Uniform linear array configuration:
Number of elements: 16
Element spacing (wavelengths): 0.5
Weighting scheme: blackman
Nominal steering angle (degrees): -45
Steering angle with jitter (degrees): -45.295
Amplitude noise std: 0.05
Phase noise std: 0.05

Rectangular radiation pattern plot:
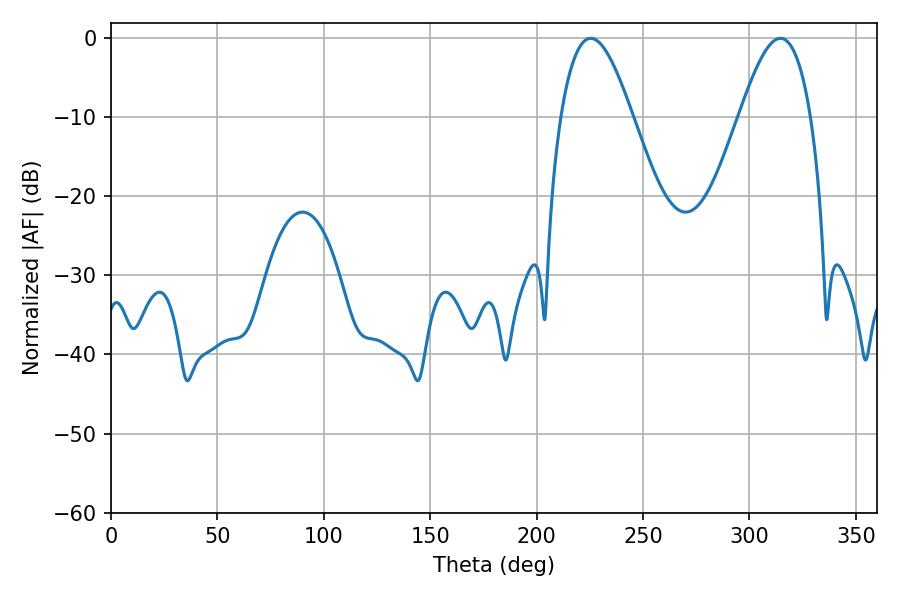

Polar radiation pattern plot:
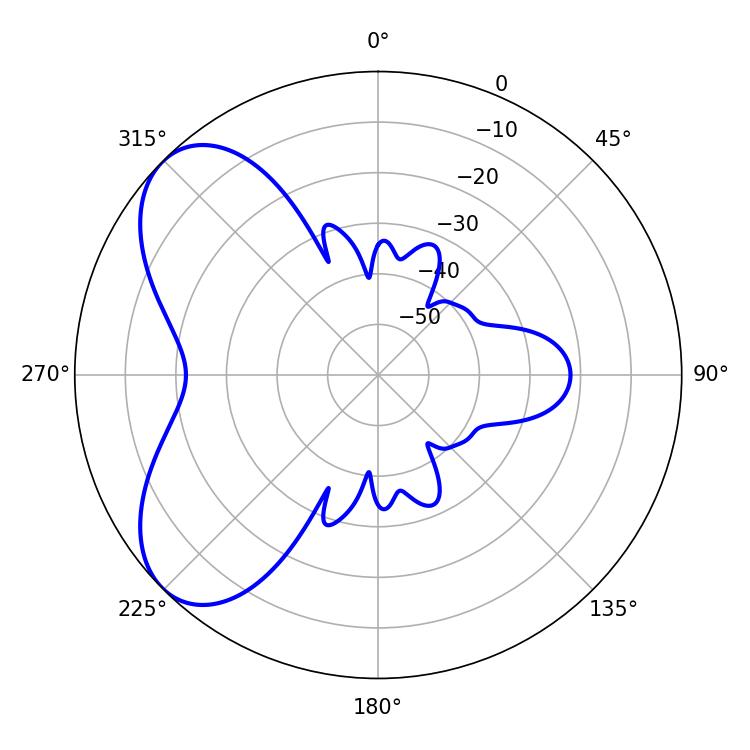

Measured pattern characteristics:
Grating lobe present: FALSE
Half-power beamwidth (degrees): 18
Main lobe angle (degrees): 225.36